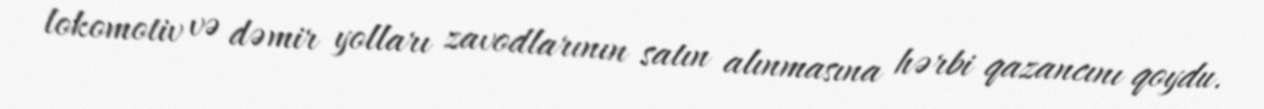
lokomotiv və dəmir yolları zavodlarının satın alınmasına hərbi qazancını qoydu.